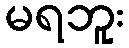
မရဘူး